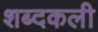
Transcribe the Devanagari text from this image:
शब्दकली